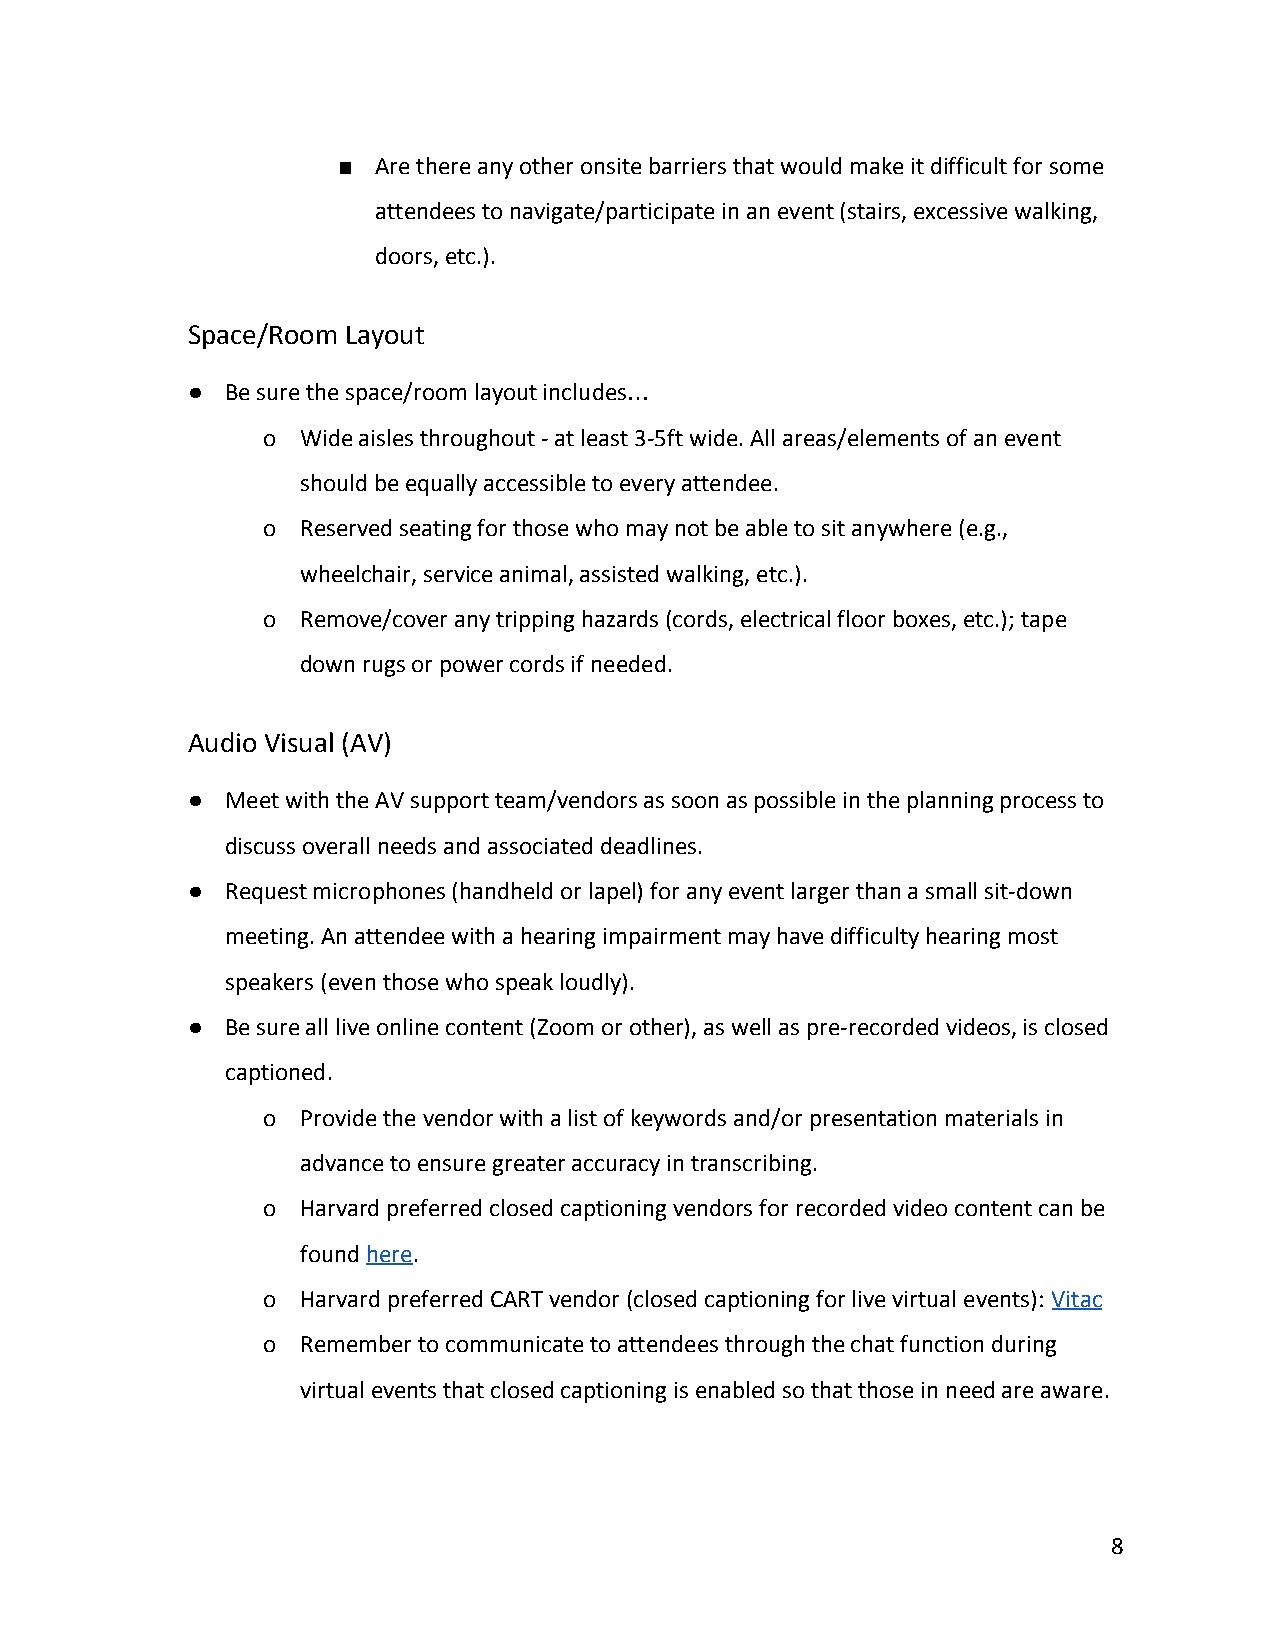
■  Are there any other onsite barriers that would make it difficult for some
 attendees to navigate/participate in an event (stairs, excessive walking,
 doors, etc.).
 Space/Room Layout
 ●  Be sure the space/room layout includes
 …
 o  Wide aisles throughout - at least 3-5ft wide. All areas/elements of an event
 should be equally accessible to every attendee.
 o  Reserved seating for those who may not be able to sit anywhere (e.g.,
 wheelchair, service animal, assisted walking, etc.).
 o  Remove/cover any tripping hazards (cords, electrical floor boxes, etc.); tape
 down rugs or power cords if needed.
 Audio Visual (AV)
 ●  Meet with the AV support team/vendors as soon as possible in the planning process to
 discuss overall needs and associated deadlines.
 ●  Request microphones (handheld or lapel) for any event larger than a small sit-down
 meeting. An attendee with a hearing impairment may have difficulty hearing most
 speakers (even those who speak loudly).
 ●  Be sure all live online content (Zoom or other), as well as pre-recorded videos, is closed
 captioned.
 o  Provide the vendor with a list of keywords and/or presentation materials in
 advance to ensure greater accuracy in transcribing.
 o  Harvard preferred closed captioning vendors for recorded video content can be
 found here.
 ​  ​
 o  Harvard preferred CART vendor (closed captioning for live virtual events): Vitac
 ​
 o  Remember to communicate to attendees through the chat function during
 virtual events that closed captioning is enabled so that those in need are aware.
 8